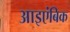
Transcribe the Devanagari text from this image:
आइएंबिक